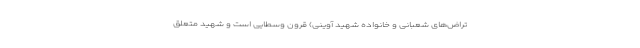
تراض‌های شعبانی و خانواده شهید آوینی) قرون وسطایی است و شهید متعلق